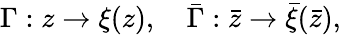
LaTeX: \Gamma:z\rightarrow\xi(z),\quad\bar{\Gamma}:\bar{z}\rightarrow\bar{\xi}(\bar{z}),